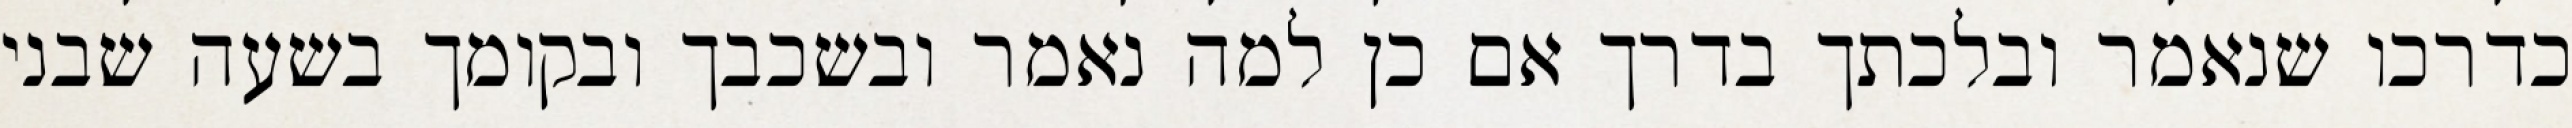
כדרכו שנאמר ובלכתך בדרך אם כן למה נאמר ובשכבך ובקומך בשעה שבני